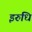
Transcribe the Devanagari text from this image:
इरुधि